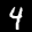
Label: 4